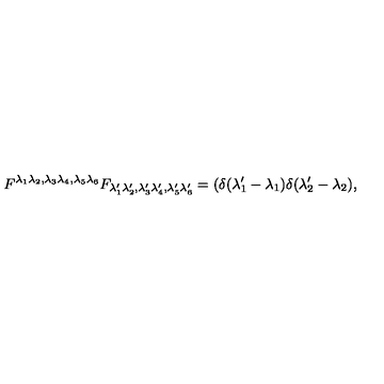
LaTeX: F ^ { \lambda _ { 1 } \lambda _ { 2 } , \lambda _ { 3 } \lambda _ { 4 } , \lambda _ { 5 } \lambda _ { 6 } } F _ { \lambda _ { 1 } ^ { \prime } \lambda _ { 2 } ^ { \prime } , \lambda _ { 3 } ^ { \prime } \lambda _ { 4 } ^ { \prime } , \lambda _ { 5 } ^ { \prime } \lambda _ { 6 } ^ { \prime } } = \left( \delta ( \lambda _ { 1 } ^ { \prime } - \lambda _ { 1 } ) \delta ( \lambda _ { 2 } ^ { \prime } - \lambda _ { 2 } ) , \right.